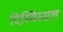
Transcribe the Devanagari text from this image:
दिस्मिस्सल